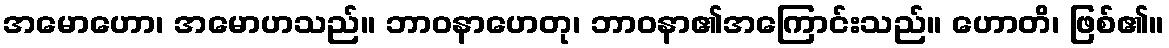
အမောဟော၊ အမောဟသည်။ ဘာဝနာဟေတု၊ ဘာဝနာ၏အကြောင်းသည်။ ဟောတိ၊ ဖြစ်၏။